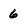
Character: 6